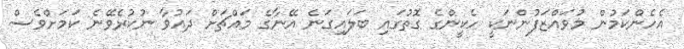
އެހެންކަމުން މުވައްޒަފުންނަކީ ހެކީންގެ ގޮތުގައި ބަލައިގަނެ އޭނާގެ މައްޗަށް ދައުވާ ނުކުރެވޭނެ ކަމަށްވެސް